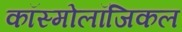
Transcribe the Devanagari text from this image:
कॉस्मोलॉजिकल